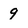
Character: 9